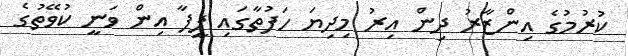
ކުރުމުގެ އިންޒާރު ދިން އިރު މިދިޔަ ހަފުތާގައި ފީފާ އިން ވަނީ ކުވޭތުގެ